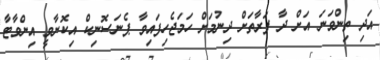
އަދި ތިންވަނަ އަށް ދާ ފަރާތަށް ދިނުމަށް ހަމަޖެހިފައިވާ ޕެނަސޮނިކް އިކޮނާވީ އިންވާޓާ